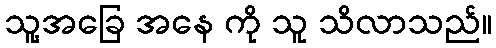
သူ့အခြေ အနေ ကို သူ သိလာသည်။